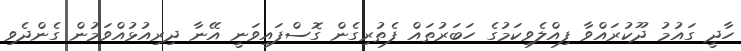
ހާދީ ގައުމު ދޫކުރައްވާ ފިއްލެވިކަމުގެ ހަބަރުތައް ފެތުރިގެން ގޮސްފައިވަނީ އޭނާ ދިރިއުޅުއްވަމުން ގެންދެވި